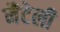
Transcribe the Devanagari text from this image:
नैटेली